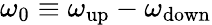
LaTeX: \omega_{0}\equiv\omega_{\mathrm{up}}-\omega_{\mathrm{down}}